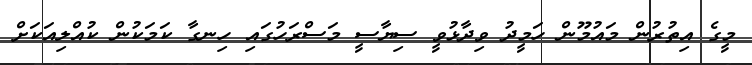
މީގެ އިތުރުން މައުމޫން ހަމީދު ވިދާޅުވީ ސިޔާސީ މަސްރަހުގައި ހިނގާ ކަމަކުން ކުއްލިއަކަށް